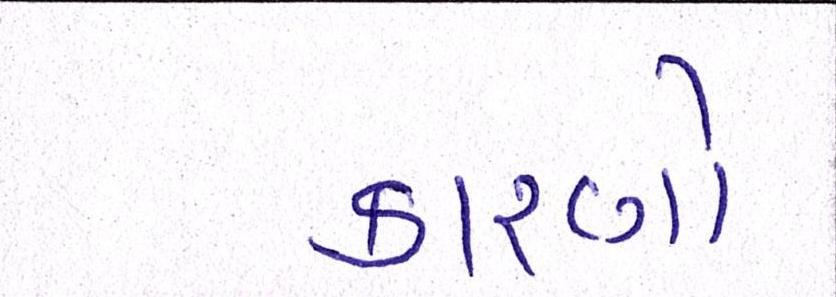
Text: કારણો